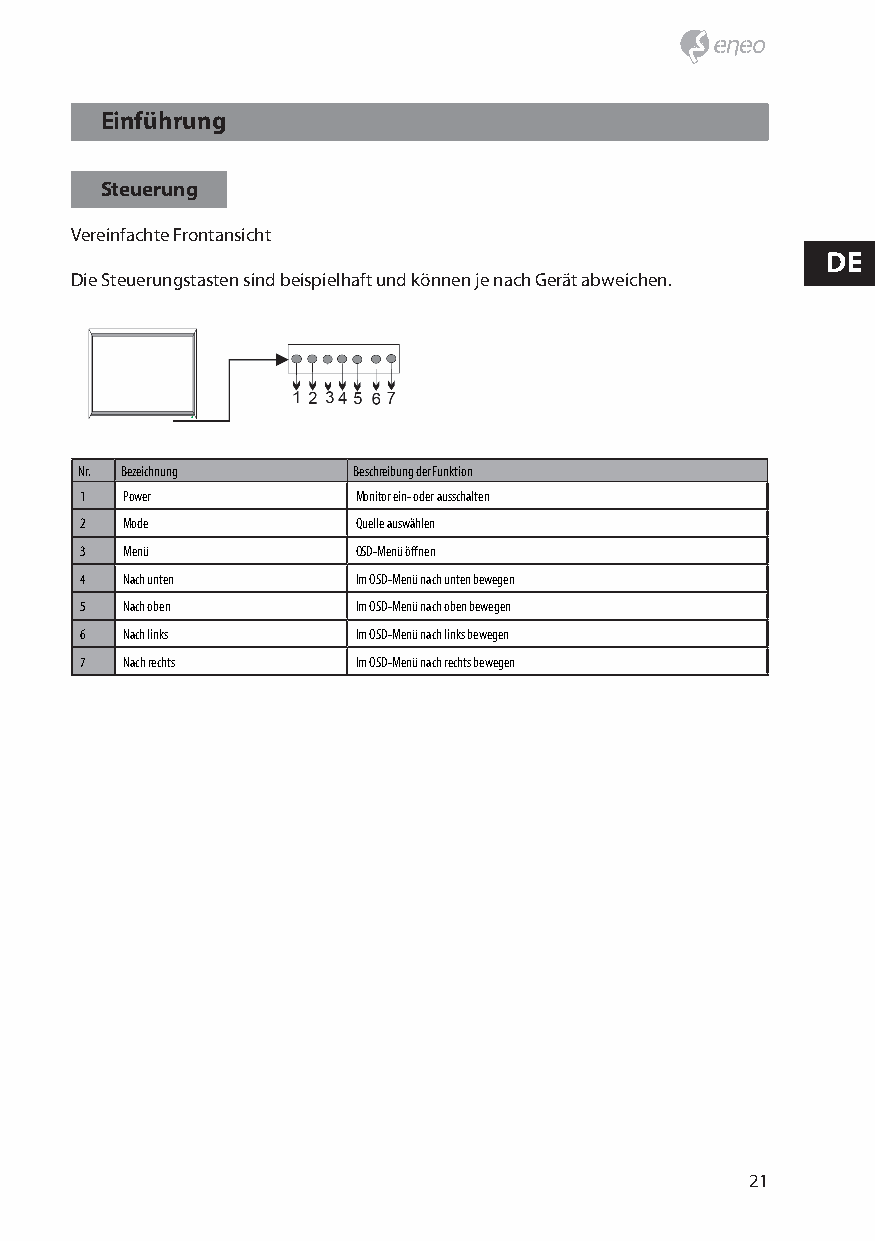
Einführung
 Steuerung
 Vereinfachte Frontansicht
 DE
 Die Steuerungstasten sind beispielhaft und können je nach Gerät abweichen.
 Nr. Bezeichnung   Beschreibung der Funktion
 1  Power           Monitor ein- oder ausschalten
 2  Mode            Quelle auswählen
 3  Menü            OSD-Menü öffnen
 4  Nach unten      Im OSD-Menü nach unten bewegen
 5  Nach oben       Im OSD-Menü nach oben bewegen
 6  Nach links      Im OSD-Menü nach links bewegen
 7  Nach rechts     Im OSD-Menü nach rechts bewegen
 21